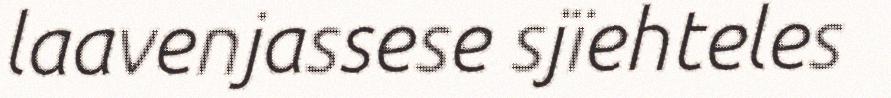
laavenjassese sjïehteles